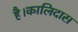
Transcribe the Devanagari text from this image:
है।कालिदास